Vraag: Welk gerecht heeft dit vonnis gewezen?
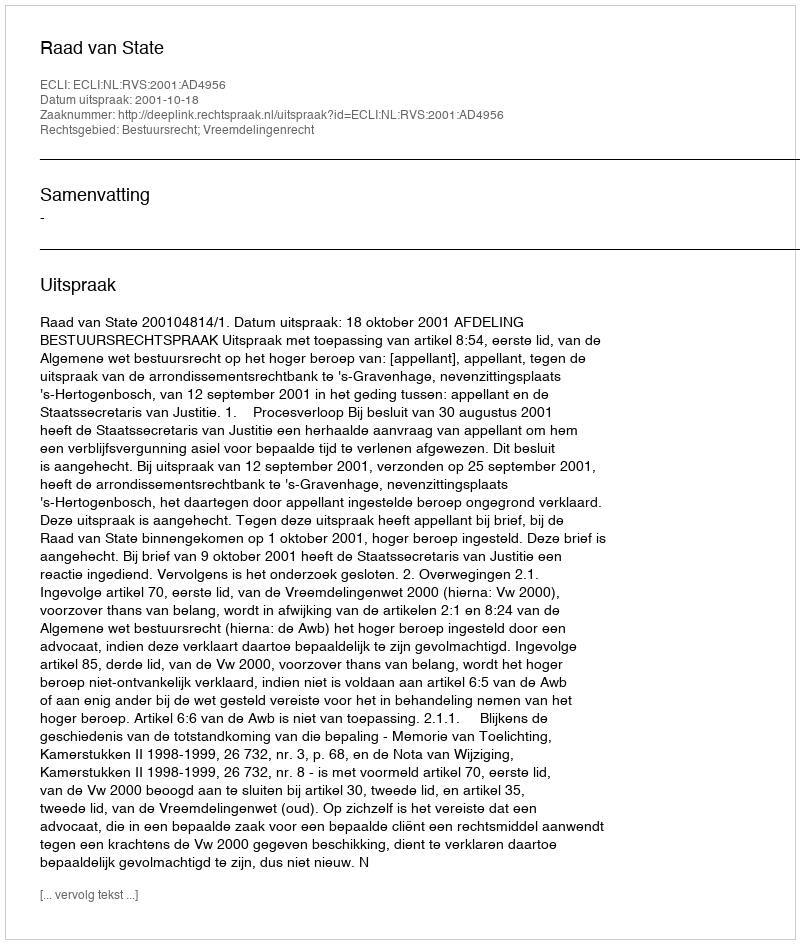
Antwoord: Raad van State